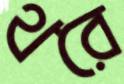
থরে